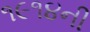
૧૯૧૪ની